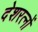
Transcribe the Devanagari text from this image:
देशरत्नों